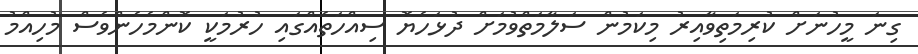
ގިނަ މީހުނަށް ކުރިމަތިވާއިރު މިކަމުން ސަލާމަތްވުމަށް ދުޅަހެޔޮ ސިއްހަތެއްގައި ހުރުމަކީ ކޮންމެހެންވެސް މުހިއްމު